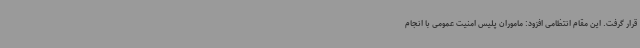
قرار گرفت. این مقام انتظامی افزود: ماموران پلیس امنیت عمومی با انجام